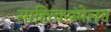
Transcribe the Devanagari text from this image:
साहित्यसंमेलन